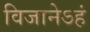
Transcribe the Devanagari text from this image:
विजानेऽहं